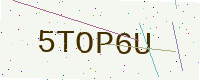
Text: 5TOP6U